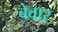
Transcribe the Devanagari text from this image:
बेवार